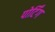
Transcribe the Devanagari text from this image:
पोर्टिंग